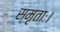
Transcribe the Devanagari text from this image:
स्मृताः।